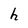
Character: h